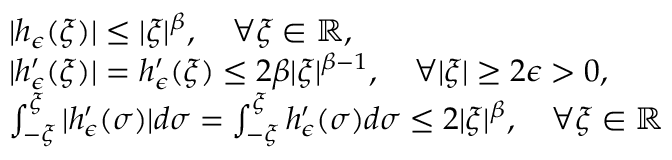
\begin{array} { r l } & { | h _ { \epsilon } ( \xi ) | \leq | \xi | ^ { \beta } , \quad \forall \xi \in \mathbb { R } , } \\ & { | h _ { \epsilon } ^ { \prime } ( \xi ) | = h _ { \epsilon } ^ { \prime } ( \xi ) \leq 2 \beta | \xi | ^ { \beta - 1 } , \quad \forall | \xi | \geq 2 \epsilon > 0 , } \\ & { \int _ { - \xi } ^ { \xi } | h _ { \epsilon } ^ { \prime } ( \sigma ) | d \sigma = \int _ { - \xi } ^ { \xi } h _ { \epsilon } ^ { \prime } ( \sigma ) d \sigma \leq 2 | \xi | ^ { \beta } , \quad \forall \xi \in \mathbb { R } } \end{array}